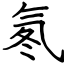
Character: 氡